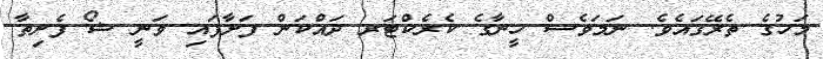
މަހުގެ ތެރޭގައެވެ. ނަމަވެސް ހީނާގެ ކެރެކްޓަރ ދައްކަން ފަށާފައި ވަނީ ޝޯ ފެށިތާ